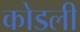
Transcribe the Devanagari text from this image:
कोडली